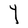
Character: Y